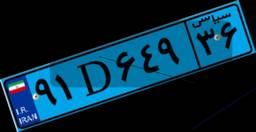
۹۱D۶۴۹۳۶